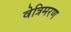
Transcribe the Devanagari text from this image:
वेत्रिमरण